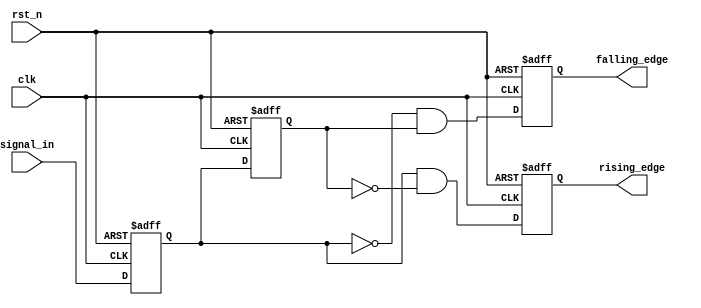
module glitch_free_edge_detector (
    input wire clk,          // Clock signal
    input wire rst_n,       // Active low reset signal
    input wire signal_in,    // Input signal to monitor
    output reg rising_edge,  // Output signal for rising edge detection
    output reg falling_edge  // Output signal for falling edge detection
);

    // Memory blocks to store current and previous states
    reg current_state;       // Current state of the input signal
    reg previous_state;      // Previous state of the input signal

    // Sequential logic to update states on clock edge
    always @(posedge clk or negedge rst_n) begin
        if (!rst_n) begin
            current_state <= 1'b0;
            previous_state <= 1'b0;
            rising_edge <= 1'b0;
            falling_edge <= 1'b0;
        end else begin
            // Update previous state with current state
            previous_state <= current_state;
            // Latch the current state from the input signal
            current_state <= signal_in;

            // Edge detection logic
            rising_edge <= (current_state && !previous_state);  // Rising edge detected
            falling_edge <= (!current_state && previous_state); // Falling edge detected
        end
    end

endmodule